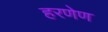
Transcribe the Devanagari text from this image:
हरणेण